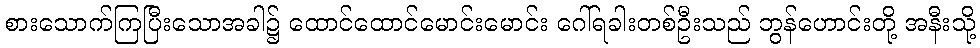
စားသောက်ကြပြီးသောအခါ၌ ထောင်ထောင်မောင်းမောင်း ဂေါ်ရခါးတစ်ဦးသည် ဘွန်ဟောင်းတို့ အနီးသို့